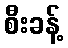
စီးခန့်